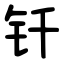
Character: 钎